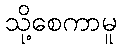
သို့စေကာမူ